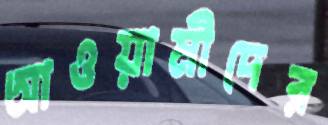
আওয়ামীদের